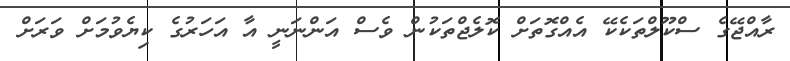
ރާއްޖޭގެ ސްކޫލްތަކެކޭ އެއްގޮތަށް ކޮލެޖްތަކުން ވެސް އަންނަނީ އާ އަހަރުގެ ކިޔެވުމަށް ވަރަށް